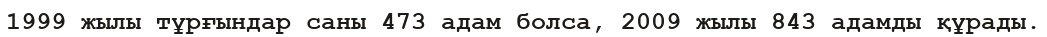
1999 жылы тұрғындар саны 473 адам болса, 2009 жылы 843 адамды құрады.